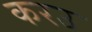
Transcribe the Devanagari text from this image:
करउ